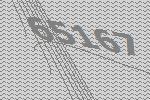
65167